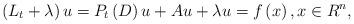
LaTeX: \begin{align*}\left( L_{t}+\lambda \right) u=P_{t}\left( D\right) u+Au+\lambda u=f\left(x\right) ,x\in R^{n}, \end{align*}